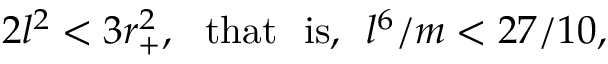
2 l ^ { 2 } < 3 r _ { + } ^ { 2 } , \ \ \mathrm { t h a t \ \ i s , } \ \ l ^ { 6 } / m < 2 7 / 1 0 ,